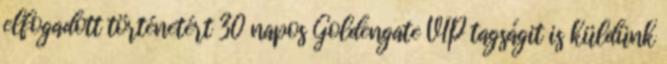
elfogadott történetért 30 napos Goldengate VIP tagságit is küldünk